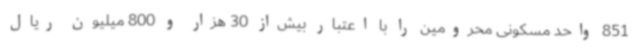
851 واحد مسکونی محرومین را با اعتبار بیش‌از 30 هزار و 800 میلیون ریال